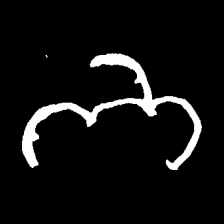
Pyu character \u2014 Myanmar letter: ဘ (romanized: bha)